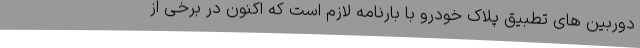
دوربین های تطبیق پلاک خودرو با بارنامه لازم است که اکنون در برخی از